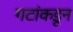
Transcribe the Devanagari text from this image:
गटांकडून